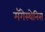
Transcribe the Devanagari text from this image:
मॅगेस्थेनिस